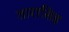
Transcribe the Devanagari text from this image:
तारासिह